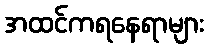
အထင်ကရနေရာများ